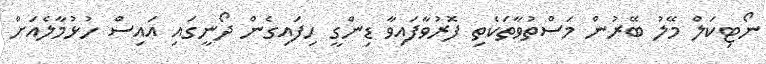
ނޯޓިކަލް މޭލު ބޭރުން މަސްތުވާތަކެތި ފޮރުވާފައިވާ ޑިންގީ ހިފައިގެން ދޯނީގައި އައިސް ހުޅުމާލެއަށް